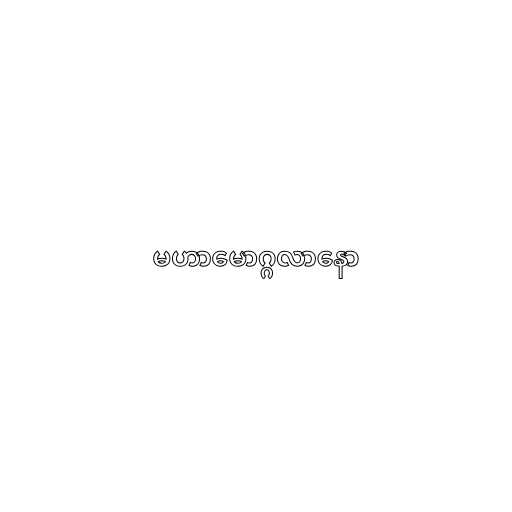
မဟာမောဂ္ဂလာနော